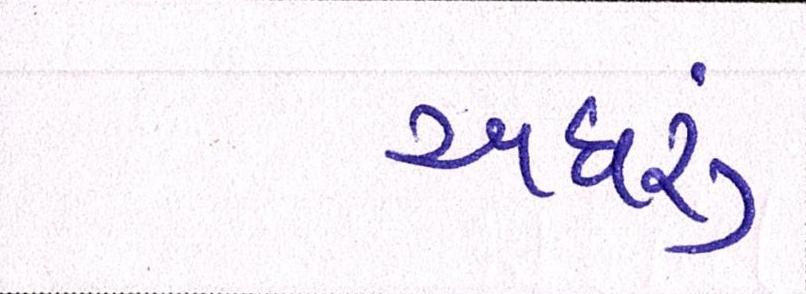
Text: અઘરું